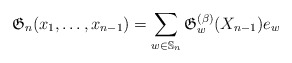
\begin{gather*} \mathfrak{G}_{n}(x_1,\ldots,x_{n-1}) = \sum_{w \in \mathbb{S}_n}\mathfrak{G}_{w}^{(\beta)}(X_{n-1}) e_{w}\end{gather*}